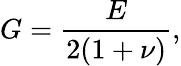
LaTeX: G=\frac{E}{2(1+\nu)},